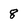
Character: 8